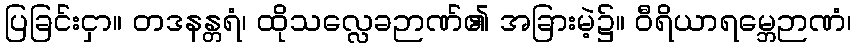
ပြခြင်းငှာ။ တဒနန္တရံ၊ ထိုသလ္လေခဉာဏ်၏ အခြားမဲ့၌။ ဝီရိယာရမ္ဘေဉာဏံ၊